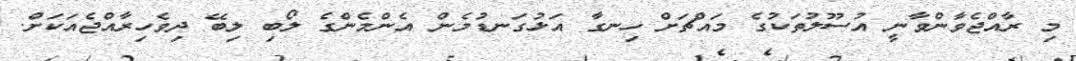
މި ރާއްޖެވާންވާނީ އުސޫލުތަކުގެ މައްޗަށް ހިނގާ އަޅުގަނޑުމެން އެންމެންގެ ލޯބި ލިބޭ ދިވެހިރާއްޖެއަކަށް.